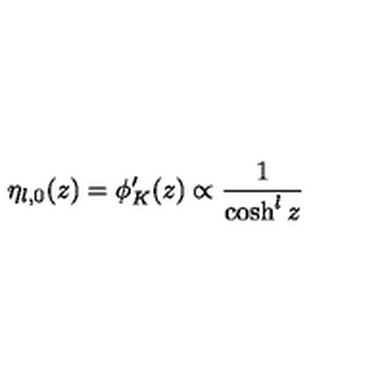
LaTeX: \eta _ { l , 0 } ( z ) = \phi _ { K } ^ { \prime } ( z ) \propto \frac { 1 } { \cosh ^ { l } z }